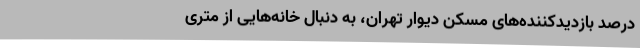
درصد بازدیدکننده‌های مسکن دیوار تهران، به دنبال خانه‌هایی از متری